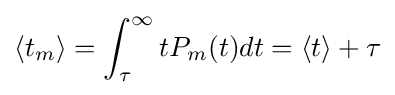
\langle t_{m}\rangle =\int _{\tau }^{\infty }tP_{m}(t)dt=\langle t\rangle +\tau